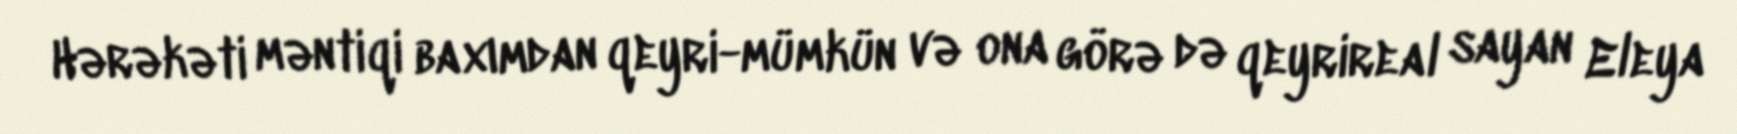
Hərəkəti məntiqi baxımdan qeyri-mümkün və ona görə də qeyrireal sayan Eleya